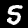
Digit: 5